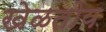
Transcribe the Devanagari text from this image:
खेळतोय